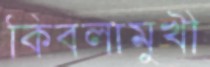
কিবলামুখী